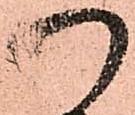
つ